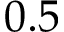
0 . 5